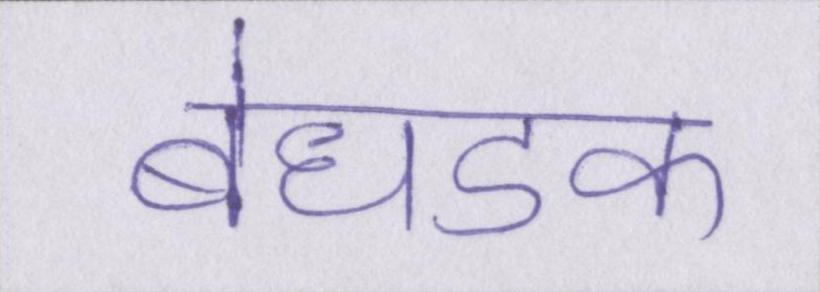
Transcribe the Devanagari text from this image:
बेधडक